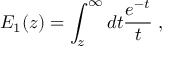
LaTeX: E _ { 1 } ( z ) = \int _ { z } ^ { \infty } d t \frac { e ^ { - t } } { t } \; ,